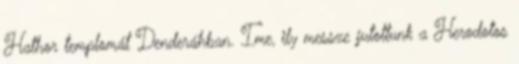
Hathor templomát Denderáhban. Ime, ily messze jutottunk a Herodotos